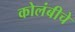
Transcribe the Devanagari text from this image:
कोलंबीचे